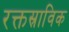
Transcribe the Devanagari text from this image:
रक्तस्राविक